Annual administration and progress report of the Indian Medical Department, Bombay
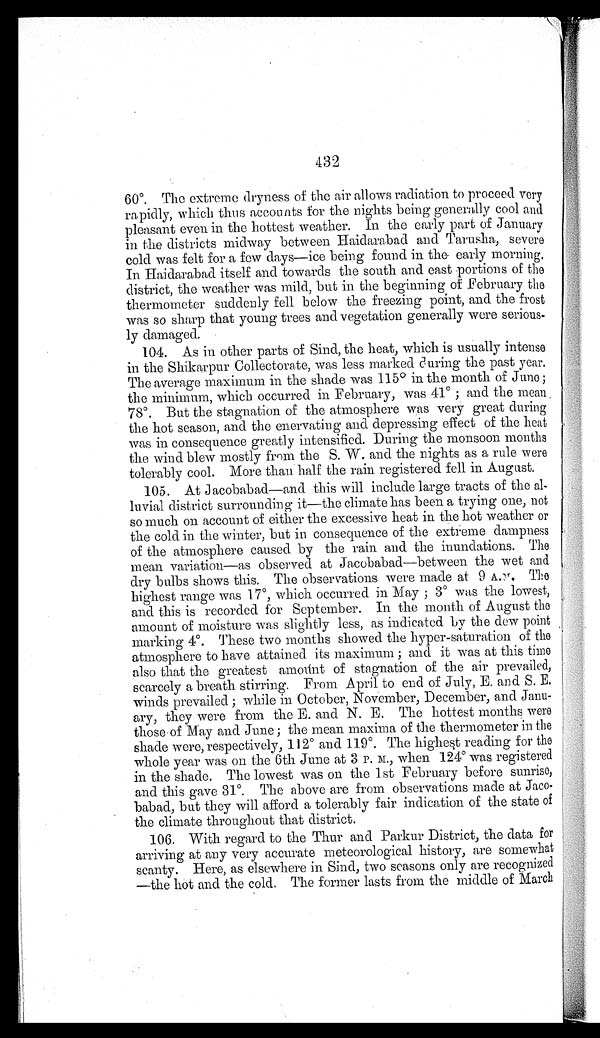
432
60°. The extreme dryness of the air allows radiation to proceed very
rapidly, which thus accounts for the nights being generally cool and
pleasant even in the hottest weather. In the early part of January
in the districts midway between Haidarabad and Tarusha, severe
cold was felt for a few days—ice being found in the early morning.
In Haidarabad itself and towards the south and east portions of the
district, the weather was mild, but in the beginning of February the
thermometer suddenly fell below the freezing point, and the frost
was so sharp that young trees and vegetation generally were serious-
ly damaged.
104. As in other parts of Sind, the heat, which is usually intense
in the Shikarpur Collectorate, was less marked during the past year.
The average maximum in the shade was 115° in the month of June;
the minimum, which occurred in February, was 41° ; and the mean
78°. But the stagnation of the atmosphere was very great during
the hot season, and the enervating and depressing effect of the heat
was in consequence greatly intensified. During the monsoon months
the wind blew mostly from the S. W. and the nights as a rule were
tolerably cool. More than half the rain registered fell in August.
105. At Jacobabad—and this will include large tracts of the al-
luvial district surrounding it—the climate has been a trying one, not
so much on account of either the excessive heat in the hot weather or
the cold in the winter, but in consequence of the extreme dampness
of the atmosphere caused by the rain and the inundations. The
mean variation—as observed at Jacobabad—between the wet and
dry bulbs shows this. The observations were made at 9 A.M. The
highest range was 17°, which occurred in May; 3° was the lowest,
and this is recorded for September. In the month of August the
amount of moisture was slightly less, as indicated by the dew point
marking 4°. These two months showed the hyper-saturation of the
atmosphere to have attained its maximum; and it was at this time
also that the greatest amount of stagnation of the air prevailed,
scarcely a breath stirring. From April to end of July, E. and S. E.
winds prevailed; while in October, November, December, and Janu
- a r y , t h e y w e r e f r o m t h e E . a n d N . E . T h e h o t t e s t m o n t h s w e r e
those of May and June; the mean maxima of the thermometer in the
shade were, respectively, 112° and 119°. The highest reading for the
whole year was on the 6th June at 3 P. M., when 124° was registered
in the shade. The lowest was on the 1st February before sunrise,
and this gave 31°. The above are from observations made at Jac
o - b a b a d , b u t t h e y w i l l a f f o r d a t o l e r a b l y f a i r i n d i c a t i o n o f t h e s t a t e o f
the climate throughout that district.
106. With regard to the Thur and Parkur District, the data for
arriving at any very accurate meteorological history, are somewhat
scanty. Here, as elsewhere in Sind, two seasons only are recognized
—the hot and the cold. The former lasts from the middle of March